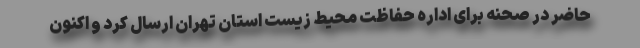
حاضر در صحنه برای اداره حفاظت محیط زیست استان تهران ارسال کرد و اکنون